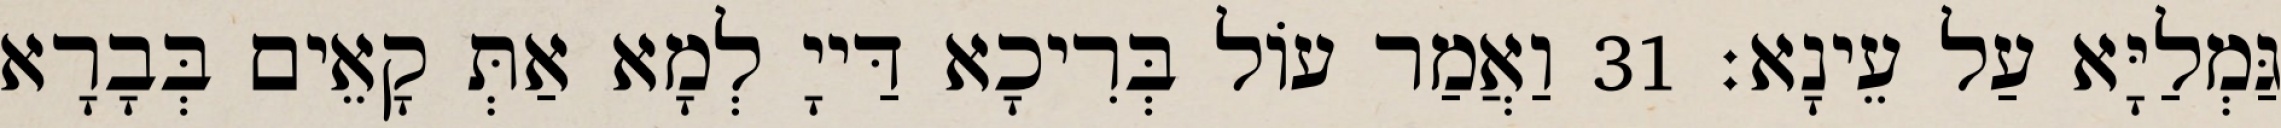
גַּמְלַיָּא עַל עֵינָא׃ 31 וַאֲמַר עוֹל בְּרִיכָא דַּייָ לְמָא אַתְּ קָאֵים בְּבָרָא